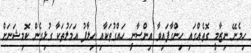
ހިމެނޭ ނިޒާމީ ގޮތެއްގައި ހިންގާފައިވާ އިންސާނީ ހައްގުތަކާއި ހިލާފު އަމަލުތަކާ ގުޅިގެން ކޮމިޝަނަށް